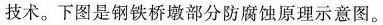
技术。下图是钢铁桥墩部分防腐蚀原理示意图。